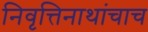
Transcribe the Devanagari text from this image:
निवृत्तिनाथांचाच